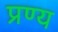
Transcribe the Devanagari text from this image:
प्रण्य